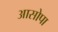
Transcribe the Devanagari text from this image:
आसोपा